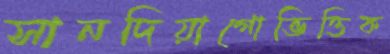
সানদিয়াগোভিত্তিক